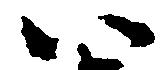
以